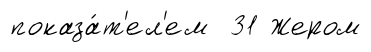
показа́т'ел'ем 31 Жером